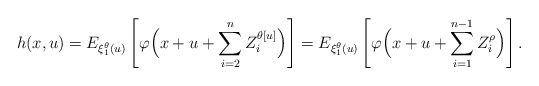
\begin{align*}h(x,u)=E_{\xi_1^\theta(u)}\left[\varphi\Bigl(x+u+\sum_{i=2}^{n} Z_i^{\theta[u]}\Bigr)\right]=E_{\xi_1^\theta(u)}\left[\varphi\Bigl(x+u+\sum_{i=1}^{n-1} Z_i^{\rho}\Bigr)\right].\end{align*}